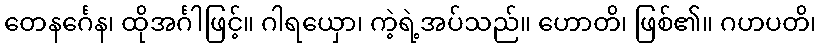
တေနင်္ဂေန၊ ထိုအင်္ဂါဖြင့်။ ဂါရယှော၊ ကဲ့ရဲ့အပ်သည်။ ဟောတိ၊ ဖြစ်၏။ ဂဟပတိ၊